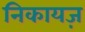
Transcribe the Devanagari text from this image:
निकायज़